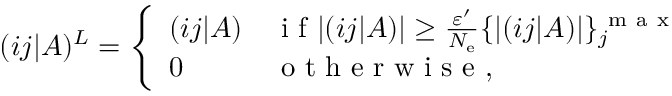
( i j | A ) ^ { L } = \left\{ \begin{array} { l l } { ( i j | A ) } & { \mathrm { ~ i ~ f ~ } | ( i j | A ) | \ge \frac { \varepsilon ^ { \prime } } { N _ { \mathrm { e } } } \{ | ( i j | A ) | \} _ { j } ^ { \mathrm { ~ m ~ a ~ x ~ } } } \\ { 0 } & { \mathrm { ~ o ~ t ~ h ~ e ~ r ~ w ~ i ~ s ~ e ~ , ~ } } \end{array} \right.